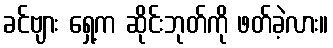
ခင်ဗျား ရှေ့က ဆိုင်းဘုတ်ကို ဖတ်ခဲ့လား။